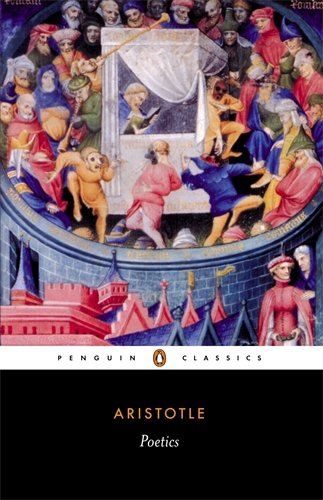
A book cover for Poetics (Penguin Classics); Aristotle; Literature & Fiction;